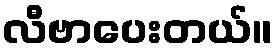
လီဗာပေးတယ်။